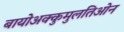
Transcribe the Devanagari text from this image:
बायोअक्कुमुलतिओन